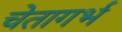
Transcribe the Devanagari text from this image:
चेतागर्भ